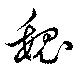
魏